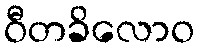
ဝီတခိလောဝ